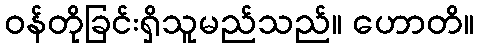
ဝန်တိုခြင်းရှိသူမည်သည်။ ဟောတိ။